Serum-therapy of plague in India - Number 20
Disease focus: Plague
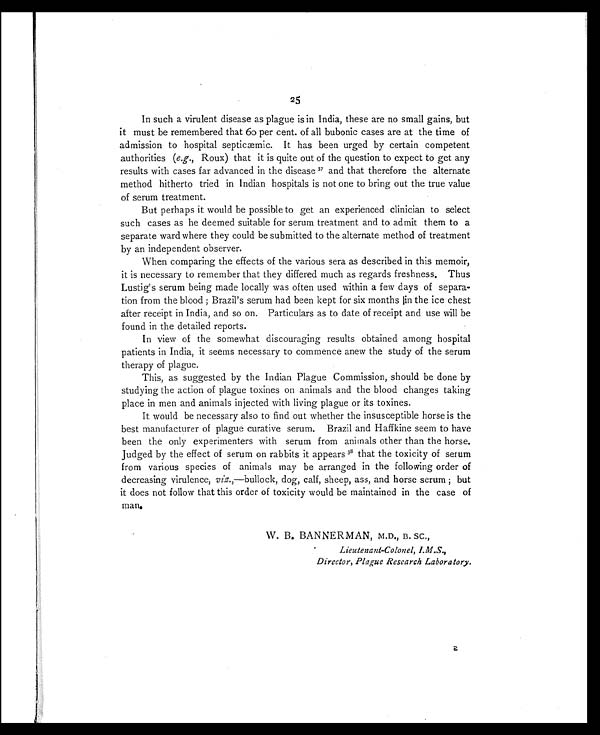
25
In such a virulent disease as plague is in India, these are no small gains, but
it must be remembered that 60 per cent. of all bubonic cases are at the time of
admission to hospital septicae mic. It has been urged by certain competent
authorities ( e.g., Roux) that it is quite out of the question to expect to get any
results with cases far advanced in the disease 3 7
a n d t h a t t h e r e f o r e t h e a l t e r n a t e
method hitherto tried in Indian hospitals is not one to bring out the true value
of serum treatment.
But perhaps it would be possible to get an experienced clinician to select
such cases as he deemed suitable for serum treatment and to admit them to a
separate ward where they could be submitted to the alternate method of treatment
by an independent observer.
When comparing the effects of the various sera as described in this memoir,
it is necessary to remember that they differed much as regards freshness. Thus
Lustig's serum being made locally was often used within a few days of separa-
tion from the blood ; Brazil's serum had been kept for six months in the ice chest
after receipt in India, and so on. Particulars as to date of receipt and use will be
found in the detailed reports.
In view of the somewhat discouraging results obtained among hospital
patients in India, it seems necessary to commence anew the study of the serum
therapy of plague.
This, as suggested by the Indian Plague Commission, should be done by
studying the action of plague toxines on animals and the blood changes taking
place in men and animals injected with living plague or its toxines.
It would be necessary also to find out whether the insusceptible horse is the
best manufacturer of plague curative serum. Brazil and Haffkine seem to have
been the only experimenters with serum from animals other than the horse.
Judged by the effect of serum on rabbits it appears 38 that the toxicity of serum
from various species of animals may be arranged in the following order of
decreasing virulence, viz.,—bullock, dog, calf, sheep, ass, and horse serum ; but
it does not follow that this order of toxicity would be maintained in the case of
man.
W. B. BANNERMAN, M.D., B. SC.,
Lieutenant-Colonel, I.M.S.,
Director, Plague Research Laboratory.